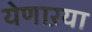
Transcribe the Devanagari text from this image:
येणाऱया